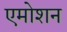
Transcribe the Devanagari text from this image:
एमोशन